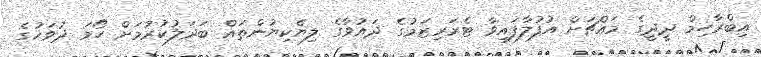
އިބްރާހިމް ދީދީގެ މައްޗަށް އުފުލާފައިވާ ޓެރަރިޒަމުގެ ދައުވާގެ ލިޔެކިޔުންތައް ބަދަލުކުރުމަށް ހޯމަ ދުވަހުގެ